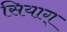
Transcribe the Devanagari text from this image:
सियाग्